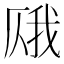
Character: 𫨎